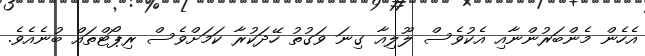
އެހެން މެންބަރުންނާއި އެކުވެސް ލޫލިއާ ގިނަ ވަގުތު ހޭދަކުރާ ކަމަށްވެސް ރިޕޯޓްތައް ބުނެއެވެ.